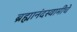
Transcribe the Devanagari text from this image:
ब्रह्मानंदस्वामींचे